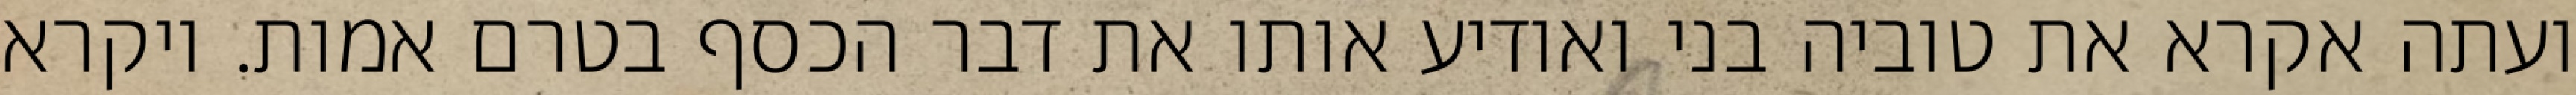
ועתה אקרא את טוביה בני ואודיע אותו את דבר הכסף בטרם אמות. ויקרא